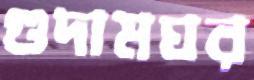
গুদামঘর